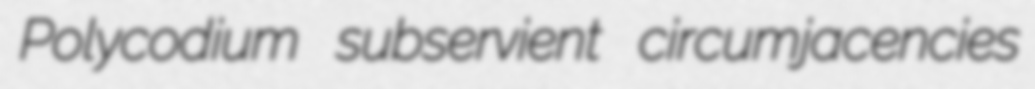
Polycodium subservient circumjacencies